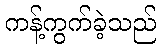
ကန့်ကွက်ခဲ့သည်